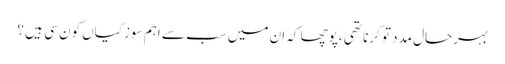
بہرحال مدد تو کرنا تھی ،پوچھا کہ اِن میں سب سے اہم سوزکیاں کون سی ہیں ؟